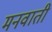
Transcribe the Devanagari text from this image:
मनवाती